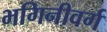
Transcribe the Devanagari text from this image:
भगिनीवर्ग